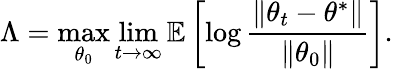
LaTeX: \Lambda=\operatorname*{max}_{\theta_{0}}\operatorname*{lim}_{t\to\infty}\mathbb{E}\left[\log\frac{\| \theta_{t}-\theta^{*}\| }{\| \theta_{0}\| }\right].